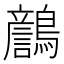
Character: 𪆿